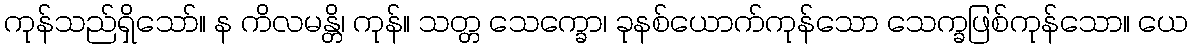
ကုန်သည်ရှိသော်။ န ကိလမန္တိ၊ ကုန်။ သတ္တ သေက္ခော၊ ခုနစ်ယောက်ကုန်သော သေက္ခဖြစ်ကုန်သော။ ယေ